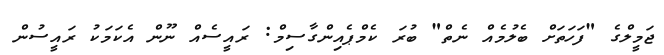
ޖަމީލްގެ "ފަހަތަށް ބެލުމެއް ނެތް" ބުރަ ކެމްޕެއިންގާސިމް: ރައީސެއް ނޫން އެކަމަކު ރައީސުން